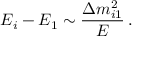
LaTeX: E _ { i } - E _ { 1 } \sim \frac { \Delta { m } _ { i 1 } ^ { 2 } } { E } \, .